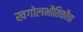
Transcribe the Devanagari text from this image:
खगोलभौतिकीचा